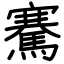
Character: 騫